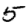
Digit: 5